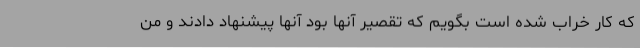
که کار خراب شده است بگویم که تقصیر آنها بود آنها پیشنهاد دادند و من